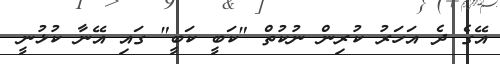
އޭގެ ދެ އަހަރު ކުރިން ނުކުތް "ކަބީ ކަބީ" ގައި އޭނާ ކުޅުނީ